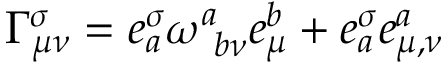
\Gamma _ { \mu \nu } ^ { \sigma } = e _ { a } ^ { \sigma } \omega _ { \ b \nu } ^ { a } e _ { \mu } ^ { b } + e _ { a } ^ { \sigma } e _ { \mu , \nu } ^ { a }